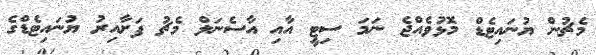
މެޗުން ޔުނައިޓެޑް މޮޅުވެއްޖެ ނަމަ ސިޓީ އާއި އާސެނަލް މެޗު ފަށާއިރު ޔުނައިޓެޑްގެ